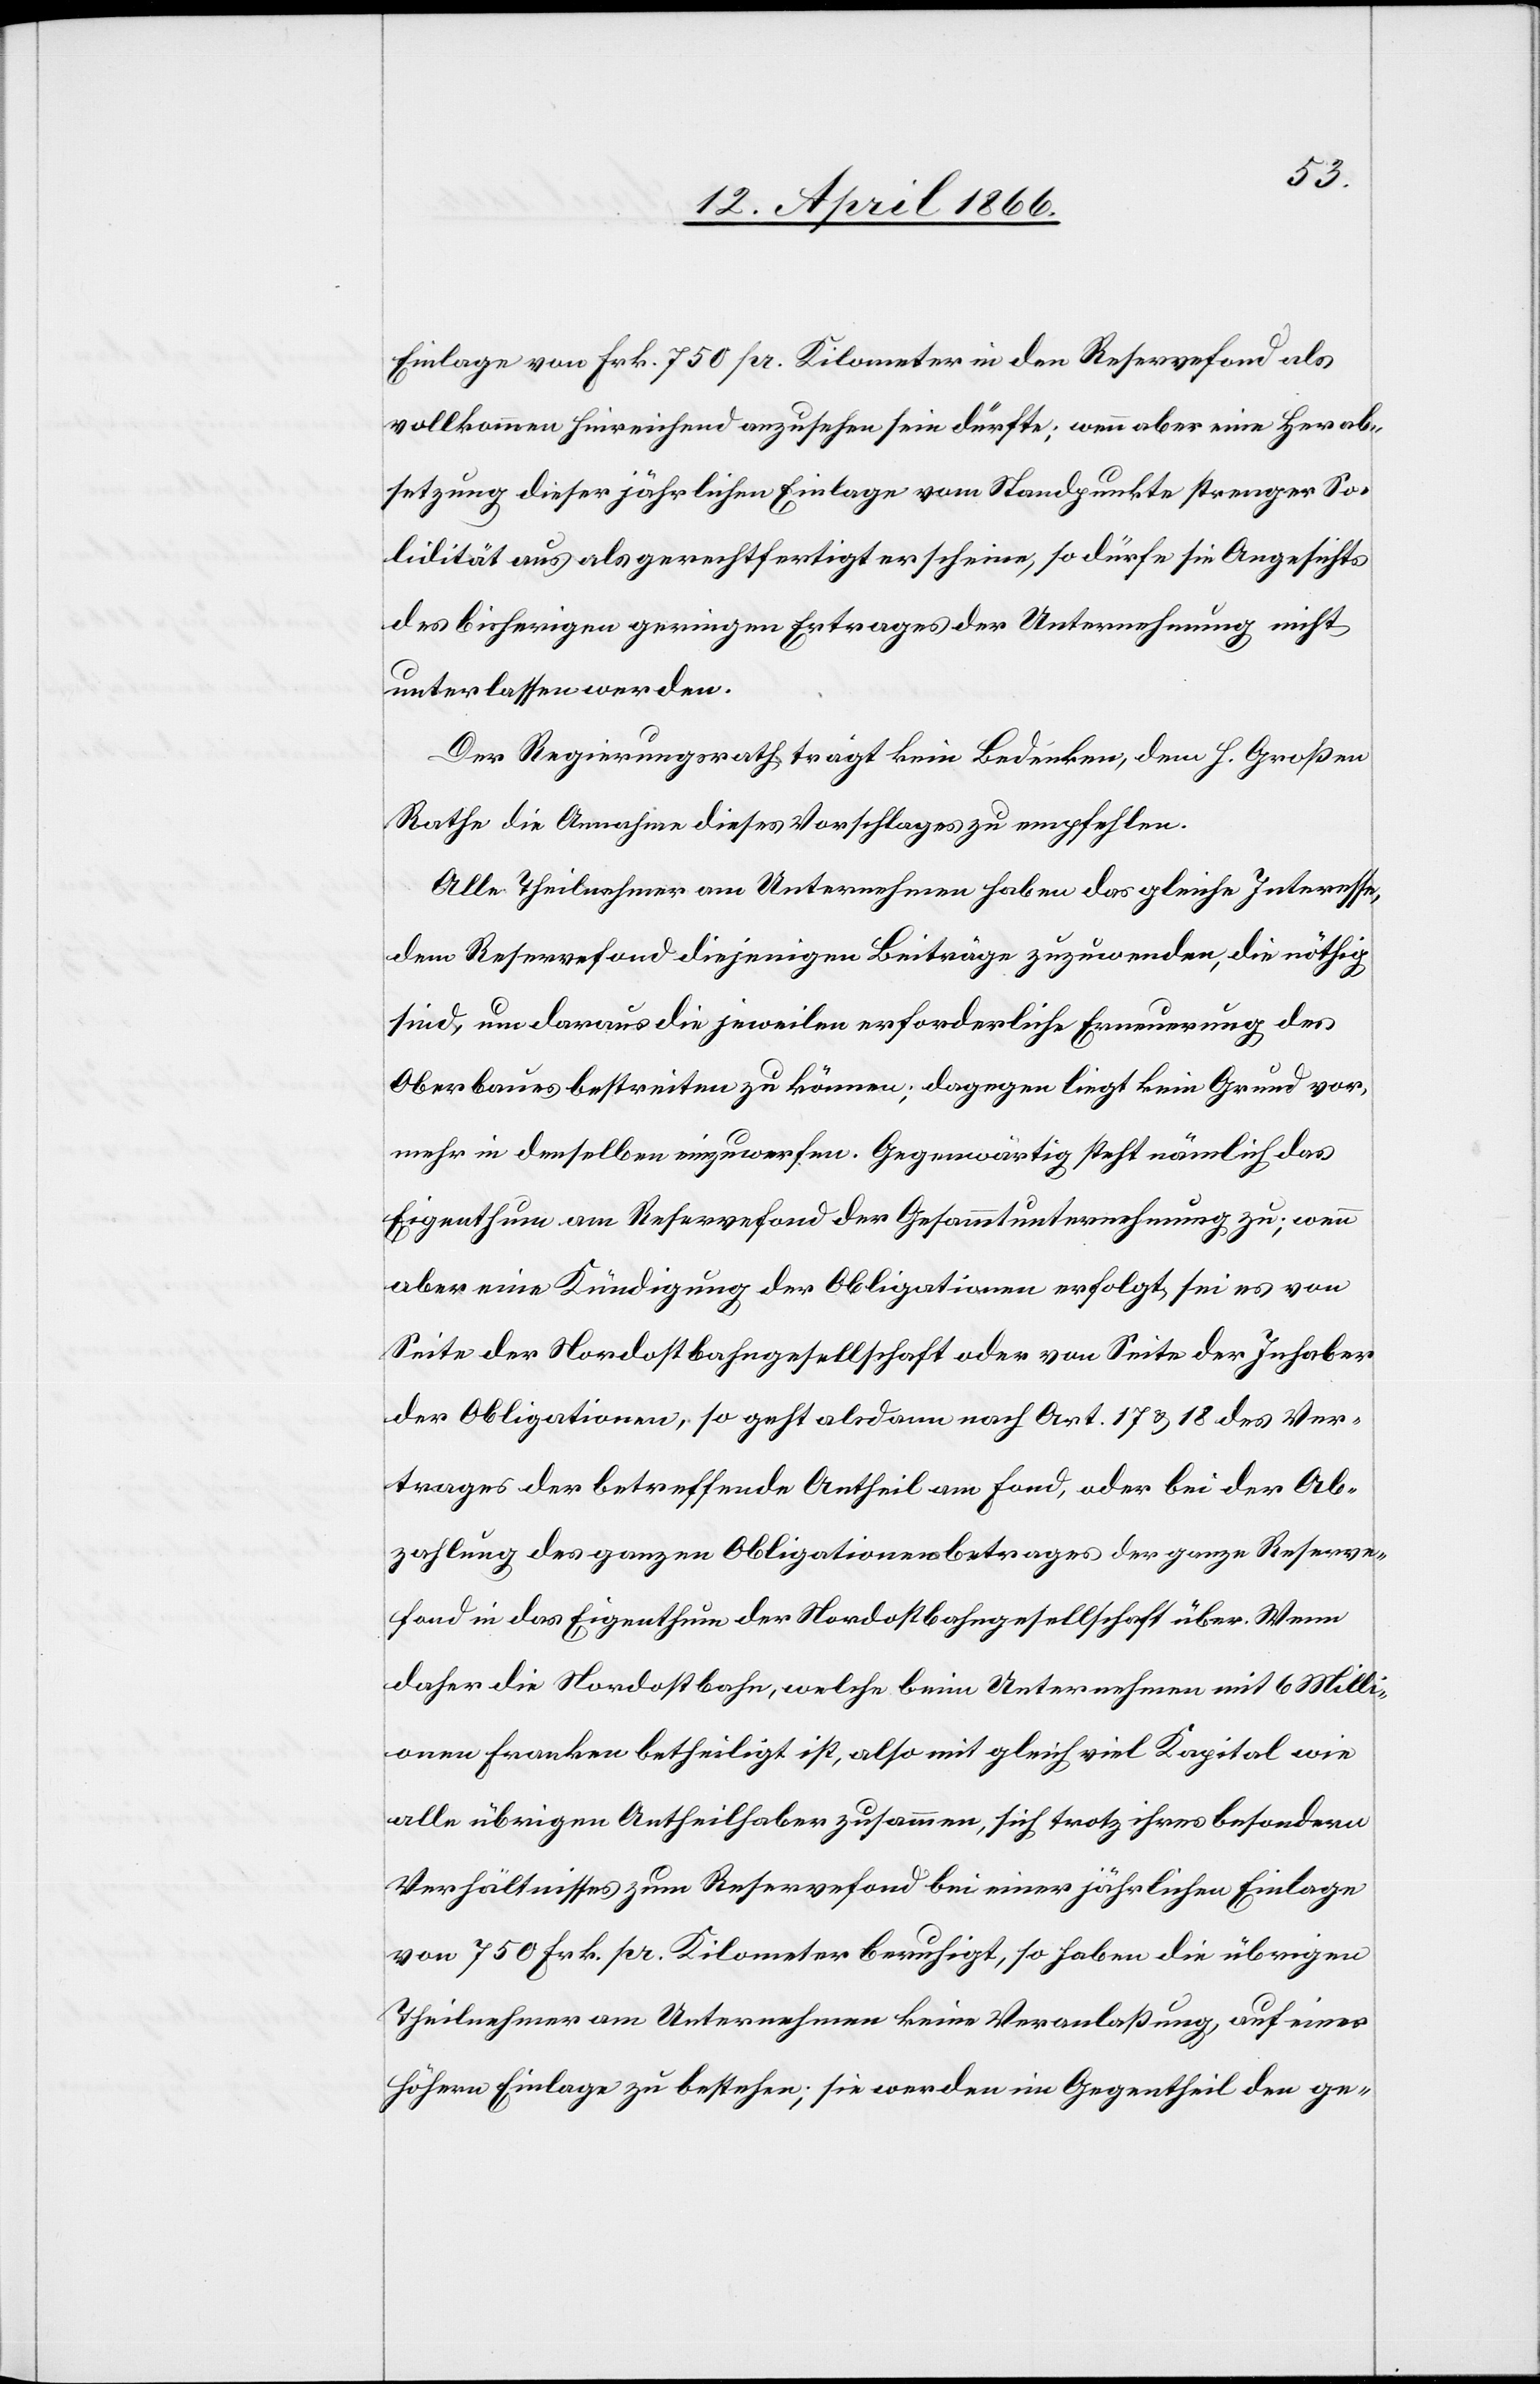
Einlage von Frk. 750 pr. Kilometer in den Reservefond als
vollkommen hinreichend anzusehen sein dürfte; wenn aber eine Herab¬
setzung dieser jährlichen Einlage vom Standpunkte strenger So¬
lidität aus als gerechtfertigt scheine, so dürfe sie Angesichts
unterlassen werden.
Der Regierungsrath trägt kein Bedenken, dem h. Großen
Rathe die Annahme dieses Vorschlages zu empfehlen.
Alle Theilnehmer am Unternehmen haben das gleiche Interesse,
dem Reservefond diejenigen Beiträge zuzuwenden, die nöthig
sind, um daraus die jeweilen erforderliche Erneuerung des
Oberbaues bestreiten zu können; dagegen liegt kein Grund vor,
mehr in denselben einzuwerfen. Gegenwärtig steht nämlich das
Eigenthum am Reservefond der Gesammtunternehmung zu; wenn
aber eine Kündigung der Obligationen erfolgt, sei es von
Seite der Nordostbahngesellschaft oder von Seite der Inhaber
der Obligationen, so geht alsdann nach Art. 17 u. 18 des Ver¬
trages der betreffende Antheil am Fond, oder bei der Ab¬
zahlung des ganzen Obligationenbetrages der ganze Reserve¬
fond in das Eigenthum der Nordostbahngesellschaft über. Wenn
daher die Nordostbahn, welche beim Unternehmen mit 6 Milli¬
onen Franken betheiligt ist, also mit gleich viel Kapital wie
alle übrigen Antheilhaber zusammen, sich trotz ihres besondern
Verhältnisses zum Reservefond bei einer jährlichen Einlage
von 750 Frk. pr. Kilometer beruhigt, so haben die übrigen
Theilnehmer am Unternehmen keine Veranlaßung, auf einer
höhern Einlage zu bestehen; sie werden im Gegentheil den ge-